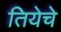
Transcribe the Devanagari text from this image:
तियेचे